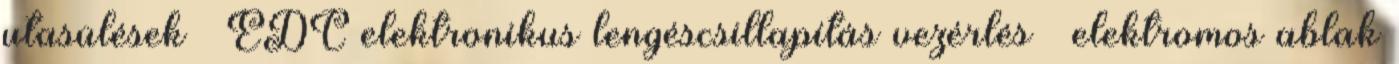
utasülések – EDC elektronikus lengéscsillapítás vezérlés – elektromos ablak